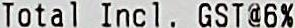
TOTAL INCL. GST@6%